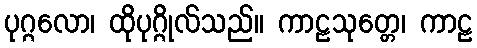
ပုဂ္ဂလော၊ ထိုပုဂ္ဂိုလ်သည်။ ကာဠသုတ္တေ၊ ကာဠ